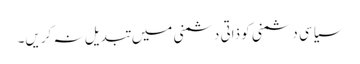
سیاسی دشمنی کو ذاتی دشمنی میں تبدیل نہ کریں۔